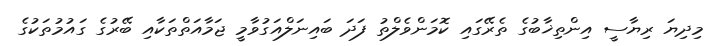
މިދިޔަ ރިޔާސީ އިންތިޚާބުގެ ތެރޭގައި ކޮމަންވެލްތު ފަދަ ބައިނަލްއަގުވާމީ ޖަމާއަތްތަކާއި ބޭރުގެ ގައުމުތަކުގެ